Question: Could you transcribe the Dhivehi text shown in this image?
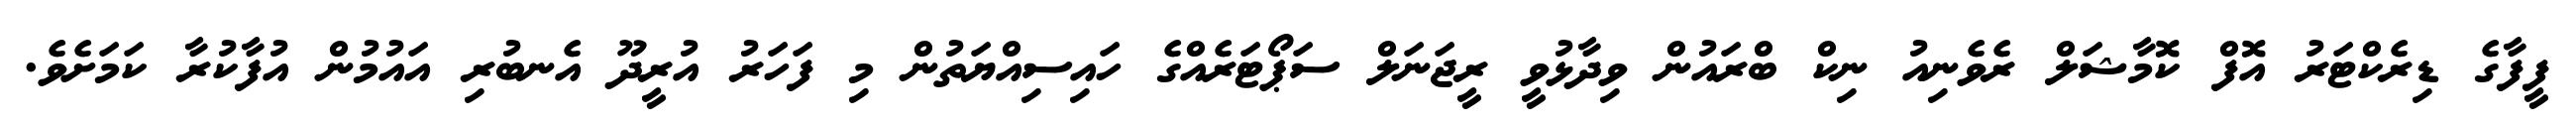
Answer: ފީފާގެ ޑިރެކްޓަރު އޮފް ކޮމާޝަލް ރެވެނިއު ނިކް ބްރައުން ވިދާޅުވީ ރީޖަނަލް ސަޕޯޓަރެއްގެ ހައިސިއްޔަތުން މި ފަހަރު އުރީދޫ އެނބުރި އައުމުން އުފާކުރާ ކަމަށެވެ.